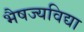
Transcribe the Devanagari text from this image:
भैषज्यविद्या